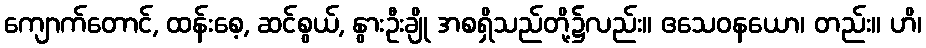
ကျောက်တောင်, ထန်းစေ့, ဆင်စွယ်, နွားဦးချို အစရှိသည်တို့၌လည်း။ ဧသေဝနယော၊ တည်း။ ဟိ၊